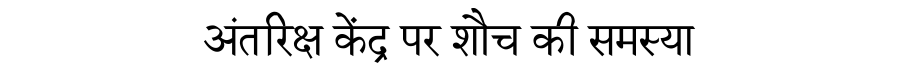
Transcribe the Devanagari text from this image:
अंतरिक्ष केंद्र पर शौच की समस्या